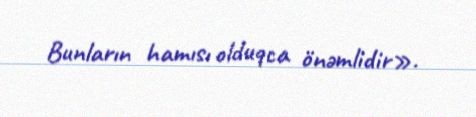
Bunların hamısı olduqca önəmlidir».